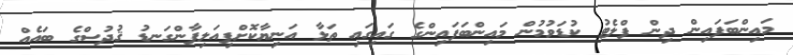
މައިންބަފައިން ދިން ފްލެޓު ކުޑަވުމުން މައިންބަފައިންގެ ގައިގައި ތަޅާ އަނިޔާކޮށްފިއަލިފާންގަނޑު ޤުދުސްގެ ބައެއް